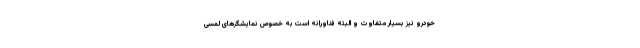
خودرو نیز بسیار متفاوت و البته فناورانه است به خصوص نمایشگرهای لمسی